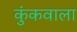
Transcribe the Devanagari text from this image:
कुंकवाला